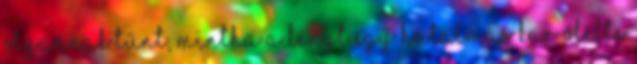
olyannak tűnt, mintha a lényt egy hatalmas kar ölelte